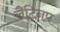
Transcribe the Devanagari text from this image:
लैटिनप